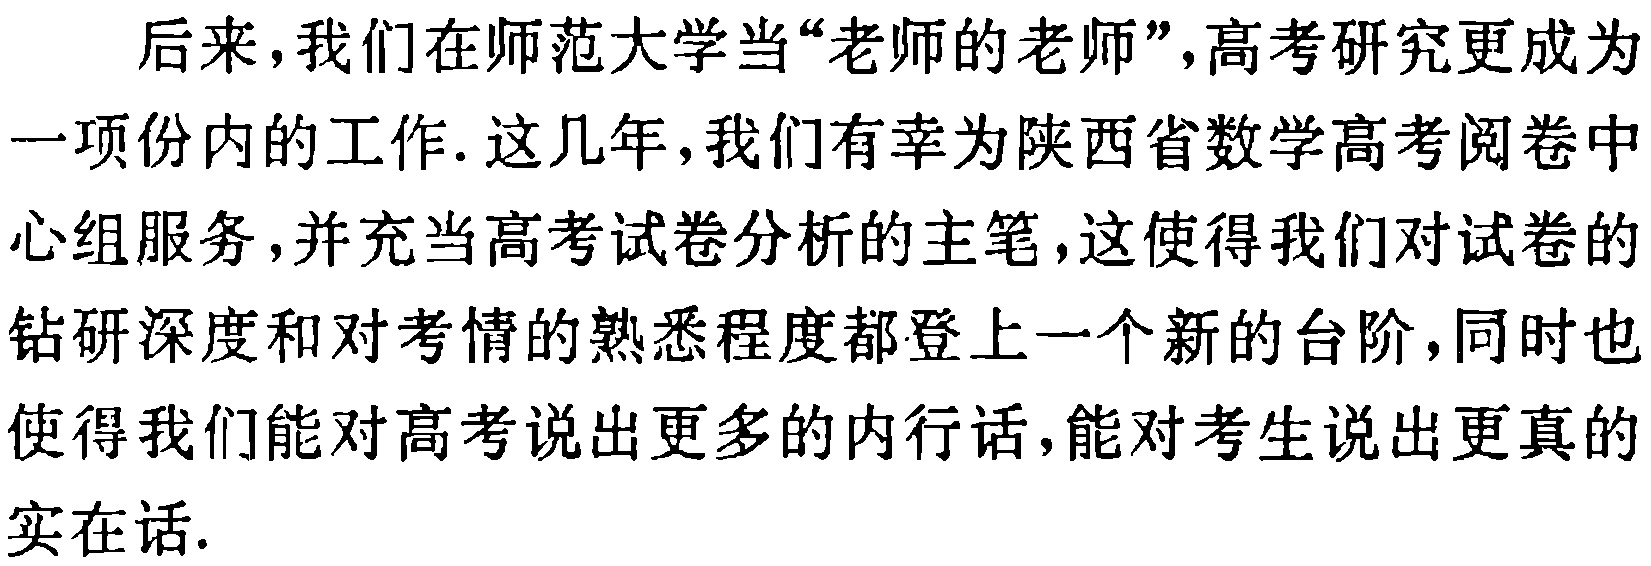
后来，我们在师范大学当“老师的老师”，高考研究更成为

一项份内的工作. 这几年，我们有幸为陕西省数学高考阅卷中

心组服务，并充当高考试卷分析的主笔，这使得我们对试卷的

钻研深度和对考情的熟悉程度都登上一个新的台阶，同时也

使得我们能对高考说出更多的内行话，能对考生说出更真的

实在话.